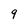
Character: 9